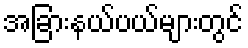
အခြားနယ်ပယ်များတွင်